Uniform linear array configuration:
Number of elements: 8
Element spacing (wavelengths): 0.75
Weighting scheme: exponential
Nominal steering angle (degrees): -15
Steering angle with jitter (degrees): -15.412
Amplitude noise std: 0.05
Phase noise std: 0.05

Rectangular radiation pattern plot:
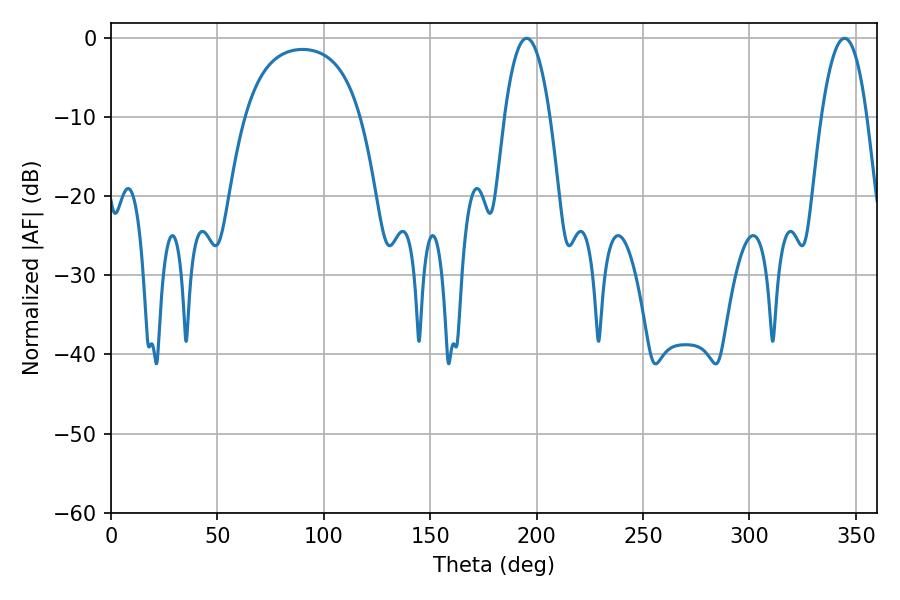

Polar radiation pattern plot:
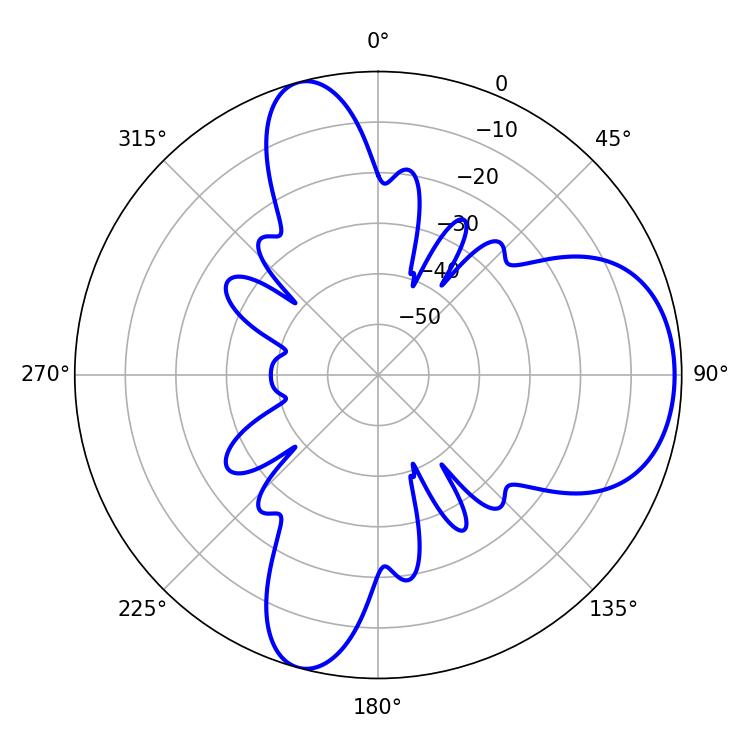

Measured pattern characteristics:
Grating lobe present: TRUE
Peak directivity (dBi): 7.731
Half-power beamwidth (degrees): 11.7
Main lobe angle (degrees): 195.3